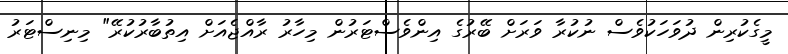
މީގެކުރިން ދުވަހަކުވެސް ނުކުރާ ވަރަށް ބޭރުގެ އިންވެސްޓަރުން މިހާރު ރާއްޖެއަށް އިތުބާރުކުރޭ" މިނިސްޓަރު